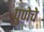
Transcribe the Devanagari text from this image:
पुणेचे